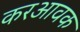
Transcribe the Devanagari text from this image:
करआवक